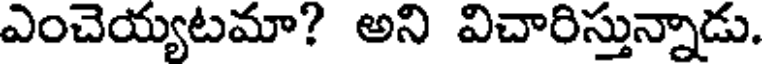
ఎంచెయ్యటమా? అని విచారిస్తున్నాడు.